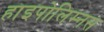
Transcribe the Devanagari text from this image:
हाइपोलिम्नस